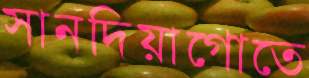
সানদিয়াগোতে